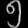
Digit: ၅